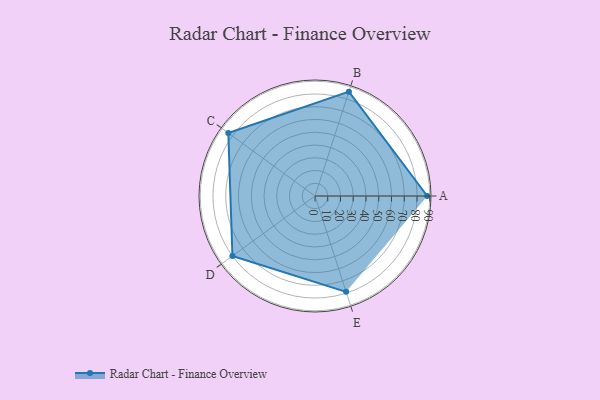
{"axis": {"x": "Skill", "y": "Score"}, "legend": ["Profile"], "data": [{"x": "A", "y": 88.0, "type": "Profile"}, {"x": "B", "y": 86.0, "type": "Profile"}, {"x": "C", "y": 84.0, "type": "Profile"}, {"x": "D", "y": 80.0, "type": "Profile"}, {"x": "E", "y": 79.0, "type": "Profile"}]}